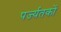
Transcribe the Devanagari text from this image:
पर्ज्यतकों